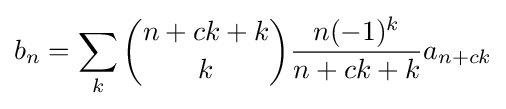
b_{n}=\sum _{k}{\binom {n+ck+k}{k}}{\frac {n(-1)^{k}}{n+ck+k}}a_{n+ck}